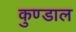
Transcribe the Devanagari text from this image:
कुण्डाल